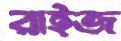
রাইজ